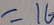
= 1 6